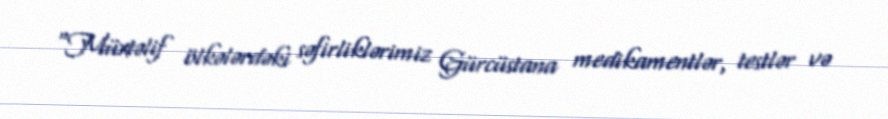
“Müxtəlif ölkələrdəki səfirliklərimiz Gürcüstana medikamentlər, testlər və